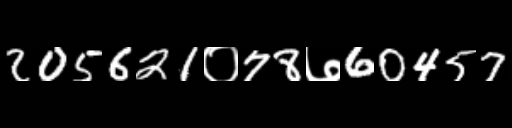
Text: 205621०78७60457